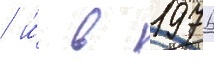
/ и́ в 1976